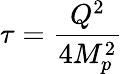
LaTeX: \tau=\frac{Q^{2}}{4M_{p}^{2}}